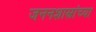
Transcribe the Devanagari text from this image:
जननशास्त्रांच्या